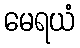
မေရယံ